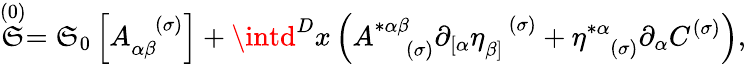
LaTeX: \stackrel{(0)}{\mathfrak{S}}=\mathfrak{S}_{0}\left[A_{\alpha\beta}^{\; \; \; (\sigma)}\right]+\intd^{D}x\left(A_{\; \; \; \; (\sigma)}^{*\alpha\beta}\partial_{\left[\alpha\right.}\eta_{\left.\beta\right]}^{\; \; \; (\sigma)}+\eta_{\; \; \; (\sigma)}^{*\alpha}\partial_{\alpha}C^{(\sigma)}\right),